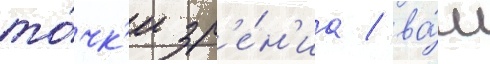
то́чк'и зр'е́н'иа / ва́м